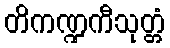
တိကဏ္ဍကီသုတ္တံ